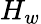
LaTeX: H_{w}